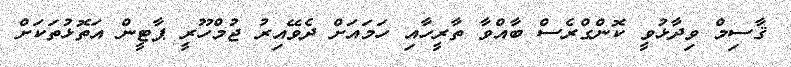
ޤާސިމް ވިދާޅުވީ ކޮންގްރެސް ބާއްވާ ތާރީހާއި ހަމައަށް ދެވޭއިރު ޖުމްހޫރީ ޕާޓީން އަތޮޮޅުތަކަށް